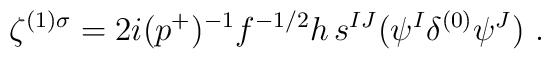
\zeta^{(1)\sigma} = 2i (p^+)^{-1}    f^{-1/2} h \, s^{IJ}(\psi^I \delta^{(0)} \psi^J)~.